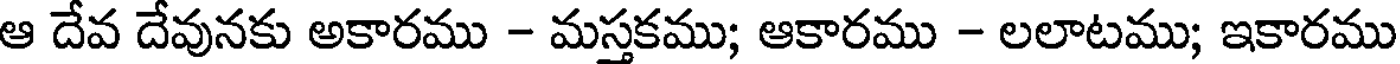
ఆ దేవ దేవునకు అకారము - మస్తకము; ఆకారము - లలాటము; ఇకారము